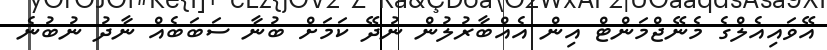
އޭވައިއެލްގެ މެނޭޖްމަންޓް އިން އެއްބާރުލުން ނުދޭ ކަމަށް ބުނާ ސަބަބެއް ނާދު ނުބުނެ